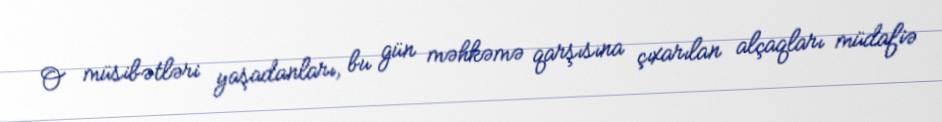
O müsibətləri yaşadanları, bu gün məhkəmə qarşısına çıxarılan alçaqları müdafiə